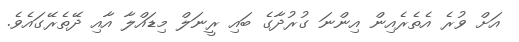
އަށް ވުރެ އެތެރެއިން އިންނަ ގުރުދާގެ ބައި ރީނަލް މިޑައްލާ އާއި ދޭތެރޭގައެވެ.